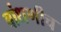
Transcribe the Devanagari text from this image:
बांधणीच